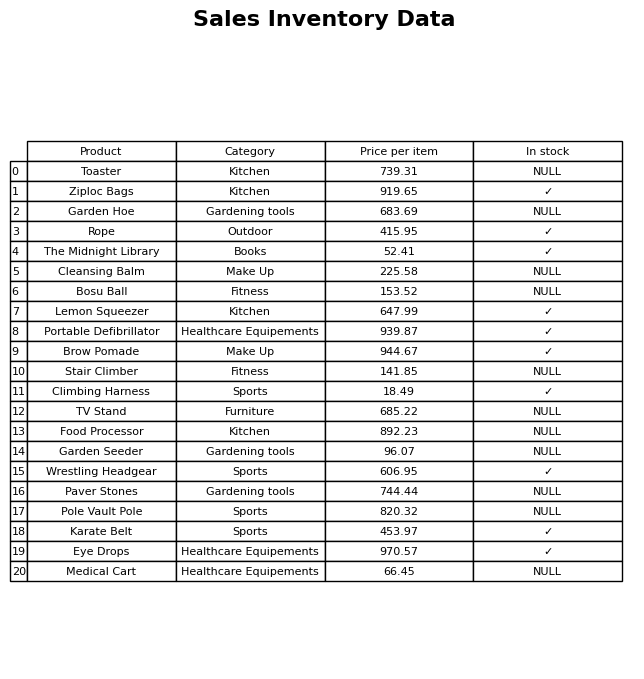
question: What is the price for Toaster?
answer: The price of Toaster is 739.31.